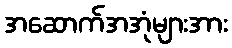
အဆောက်အအုံများအား